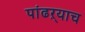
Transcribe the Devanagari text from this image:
पांढऱ्याच